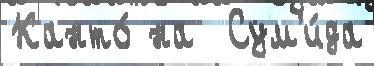
Канто́ на  Сум'и́да